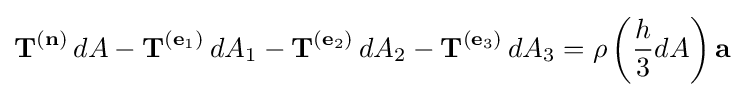
\mathbf {T} ^{(\mathbf {n} )}\,dA-\mathbf {T} ^{(\mathbf {e} _{1})}\,dA_{1}-\mathbf {T} ^{(\mathbf {e} _{2})}\,dA_{2}-\mathbf {T} ^{(\mathbf {e} _{3})}\,dA_{3}=\rho \left({\frac {h}{3}}dA\right)\mathbf {a}